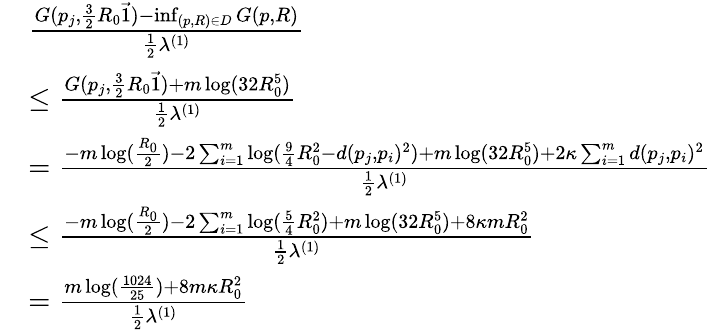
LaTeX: \begin{array}{rl}&{\frac{G(p_{j},\frac 32R_{0}\vec{1})-\operatorname*{inf}_{(p,R)\in D}G(p,R)}{\frac 12\lambda^{(1)}}}\\ &{\leq\frac{G(p_{j},\frac{3}{2}R_{0}\vec{1})+m\log(32R_{0}^{5})}{\frac{1}{2}\lambda^{(1)}}}\\ &{=\frac{-m\log(\frac{R_{0}}{2})-2\sum_{i=1}^{m}\log(\frac{9}{4}R_{0}^{2}-d(p_{j},p_{i})^{2})+m\log(32R_{0}^{5})+2\kappa\sum_{i=1}^{m}d(p_{j},p_{i})^{2}}{\frac{1}{2}\lambda^{(1)}}}\\ &{\leq\frac{-m\log(\frac{R_{0}}{2})-2\sum_{i=1}^{m}\log(\frac{5}{4}R_{0}^{2})+m\log(32R_{0}^{5})+8\kappa mR_{0}^{2}}{\frac{1}{2}\lambda^{(1)}}}\\ &{=\frac{m\log(\frac{1024}{25})+8m\kappa R_{0}^{2}}{\frac{1}{2}\lambda^{(1)}}}\end{array}